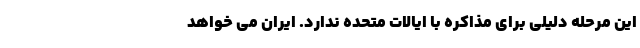
این مرحله دلیلی برای مذاکره با ایالات متحده ندارد. ایران می خواهد